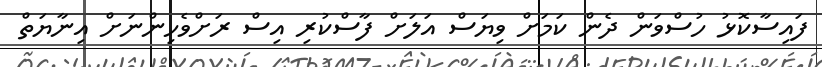
ފައިސާކޮޅު ހުސްވަން ދެން ކަމަށް ވިޔަސް އަލަށް ފާސްކުރި އިސް ރަށްވެހިންނަށް އިނާޔަތް